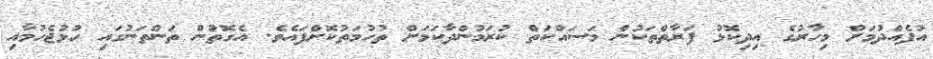
އުފެއްދުމަށް މިހާރުގެ އިދިކޮޅު ފަރާތްތަކުން މަސައްކަތް ކުރަމުންދާކަމަށް ތުހުމަތުކޮށްފައެވެ. އެގޮތުން ތަންތަނުގައި ހުޅުޖެހުމާއި